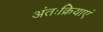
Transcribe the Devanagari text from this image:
अंतःक्रियाएं